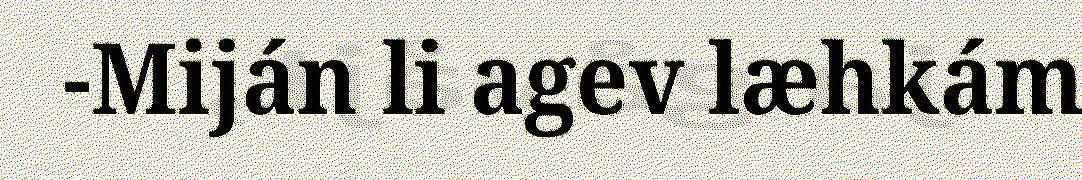
-Miján li agev læhkám